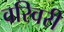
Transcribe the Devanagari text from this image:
वरिवरी